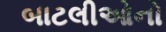
બાટલીઓનો